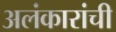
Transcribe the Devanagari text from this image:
अलंकारांची